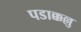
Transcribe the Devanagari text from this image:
पडाक्कल्लु